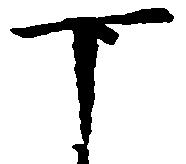
下